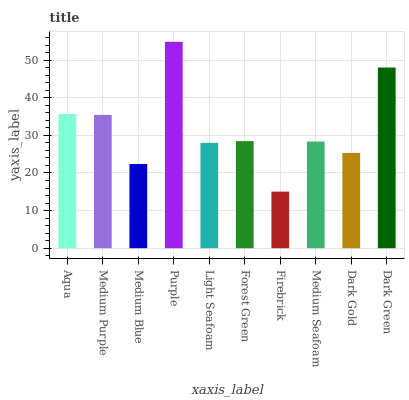
| xaxis_label | bars |
 | --- | --- |
 | Aqua | 35.7 |
 | Medium Purple | 35.4 |
 | Medium Blue | 22.4 |
 | Purple | 54.9 |
 | Light Seafoam | 28 |
 | Forest Green | 28.5 |
 | Firebrick | 15 |
 | Medium Seafoam | 28.4 |
 | Dark Gold | 25.3 |
 | Dark Green | 48 |